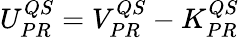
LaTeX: \begin{array}{r}{U_{PR}^{QS}=V_{PR}^{QS}-K_{PR}^{QS}}\end{array}